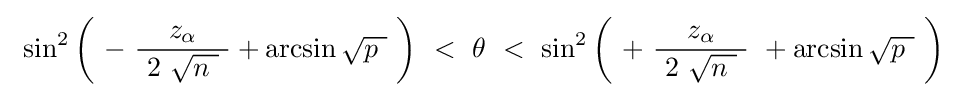
\ \sin ^{2}\left(\ -\ {\frac {z_{\alpha }}{\ 2\ {\sqrt {n\ }}\ }}+\arcsin {\sqrt {p\ }}~\right)~<~\theta ~<~\sin ^{2}\left(\ +\ {\frac {\ z_{\alpha }\ }{\ 2\ {\sqrt {n\ }}\ }}\ +\arcsin {\sqrt {p\ }}~\right)\